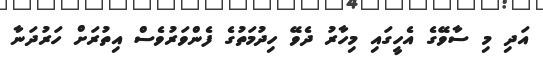
އަދި މި ސާވޭގެ އެހީގައި މިހާރު ދެވޭ ހިދުމަތުގެ ފެންވަރުވެސް އިތުރަށް ހަރުދަނާ